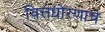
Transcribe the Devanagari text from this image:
वित्तधोरणाचे